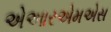
એઆરએમએસ